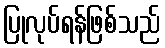
ပြုလုပ်ရန်ဖြစ်သည်